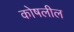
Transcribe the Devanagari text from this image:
कोषलील